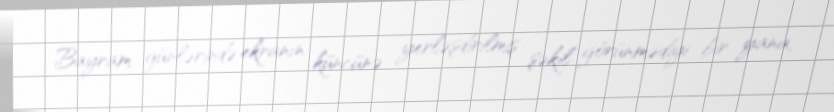
Bayram günlərində ekranın küncünə yerləşdirilmiş şəkil görünmədiyi bir yana,